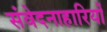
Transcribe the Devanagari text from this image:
संवेदनाहारियों